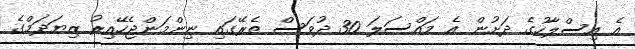
އެ އިސްލާހުގެ ދަށުން އެ މައްސަލަ 30 ދުވަސް ތެރޭގައި ނިންމަންޖެހޭއިރު ޒިޔަދަމްގެ